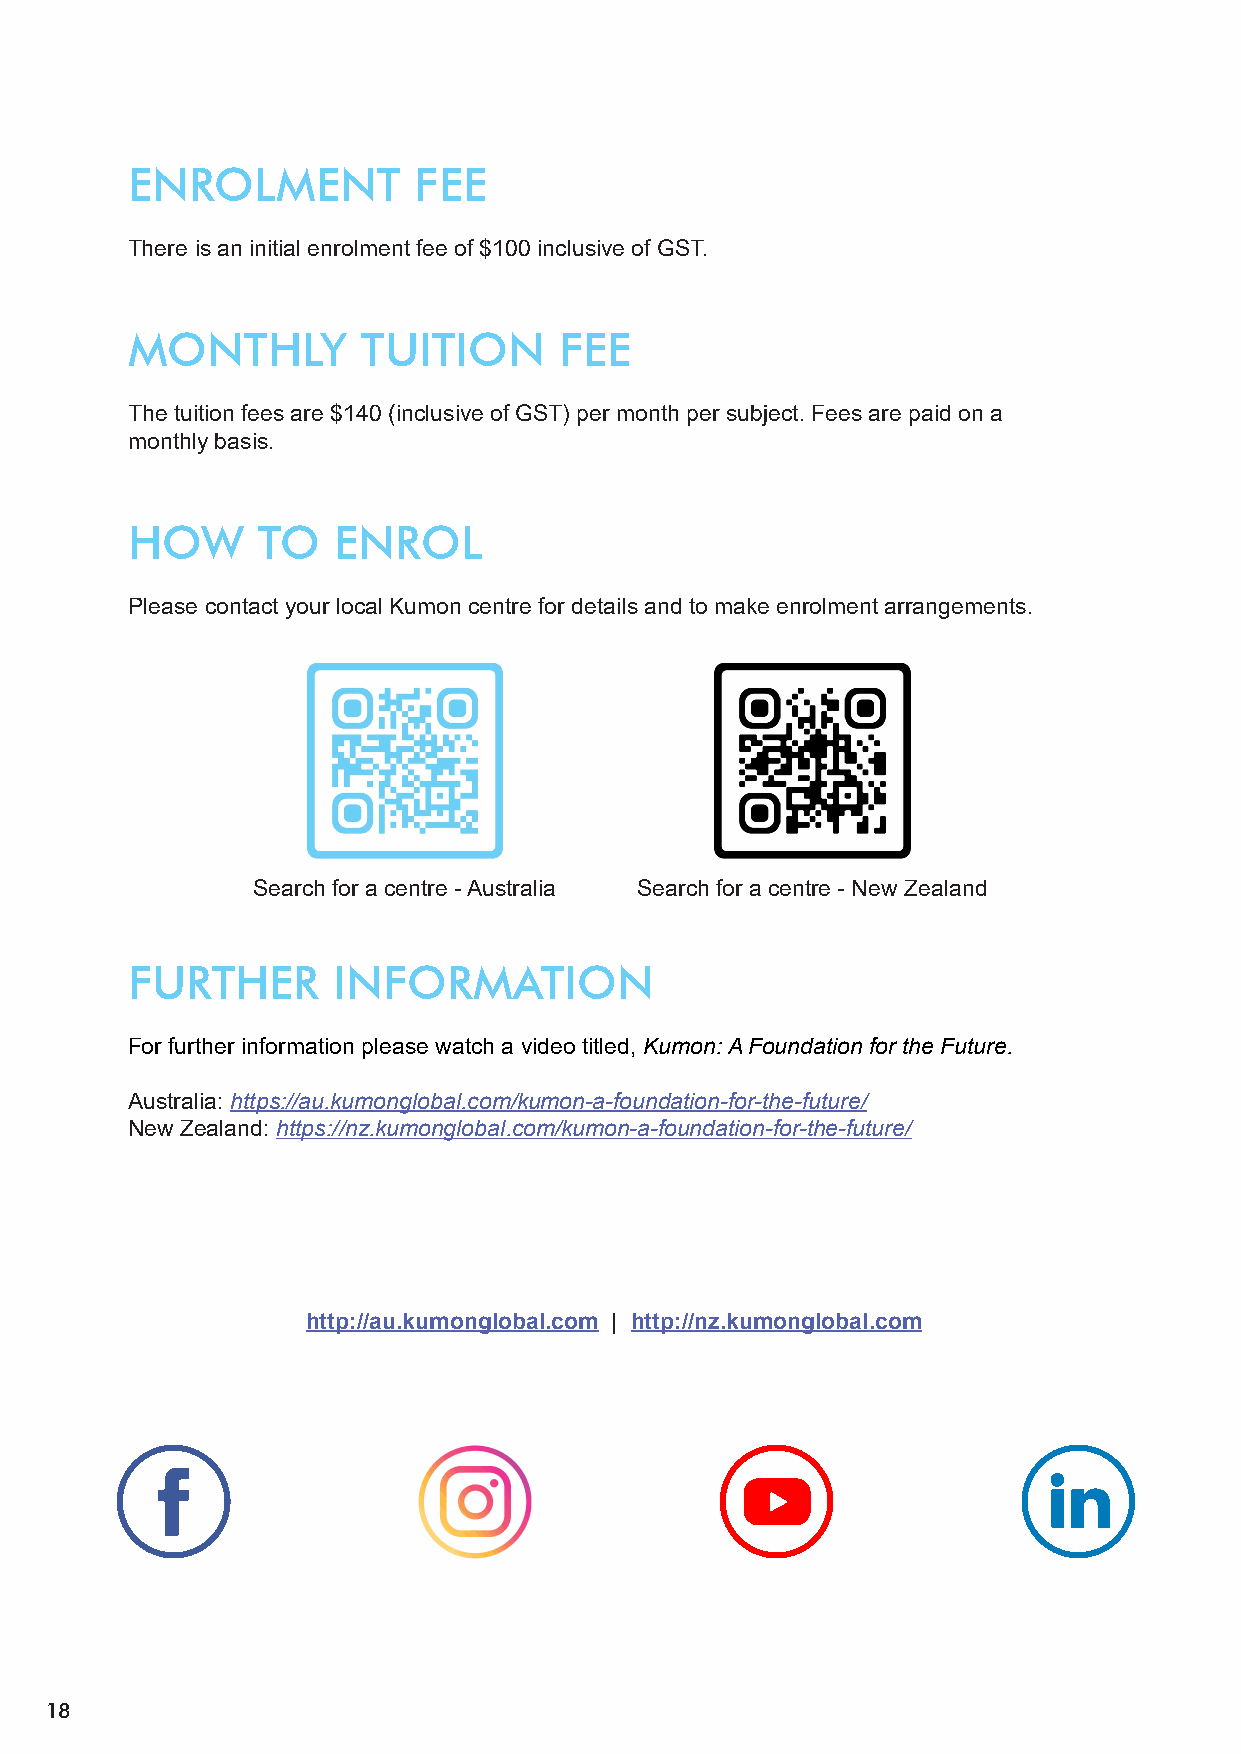
ENROLMENT          FEE
 There is an initial enrolment fee of $100 inclusive of GST.
 MONTHLY         TUITION      FEE
 The tuition fees are $140 (inclusive of GST) per month per subject. Fees are paid on a
 monthly basis.
 HOW      TO   ENROL
 Please contact your local Kumon centre for details and to make enrolment arrangements.
 Search for a centre - Australia Search for a centre - New Zealand
 FURTHER       INFORMATION
 For further information please watch a video titled, Kumon: A Foundation for the Future.
 Australia: https://au.kumonglobal.com/kumon-a-foundation-for-the-future/
 New Zealand: https://nz.kumonglobal.com/kumon-a-foundation-for-the-future/
 http://au.kumonglobal.com | http://nz.kumonglobal.com
 18